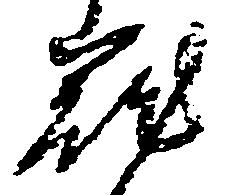
籠